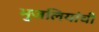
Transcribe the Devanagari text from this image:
भुजलियांची